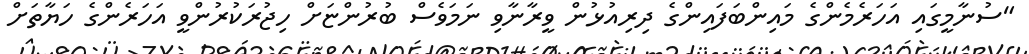
"ސުނާމީގައި އަހަރެމެންގެ މައިންބަފައިންގެ ދިރިއުޅުން ވީރާނާވި ނަމަވެސް ބުރުންޏަށް ހިޖުރަކުރުންވީ އަހަރެންގެ ހަޔާތަށް